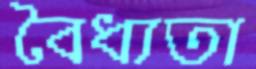
বৈধ্যতা